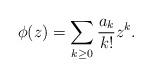
LaTeX: \begin{align*}\phi(z)=\sum_{k\ge 0}\frac{a_k}{k!}z^k. \end{align*}